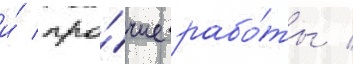
и́ про́чие рабо́ты /